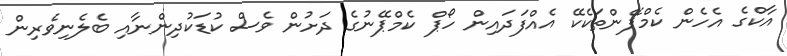
އާކްގެ އެހެން ކެމްޕޭންތަކެކޭ އެއްފަދައިން ހޯޕް ކެމްޕޭނުގެ ދަށުން ވެސް ކުޑަކުދިންނާއި ބެލެނިވެރިން